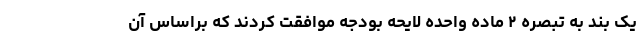
یک بند به تبصره ۲ ماده واحده لایحه بودجه موافقت کردند که براساس آن